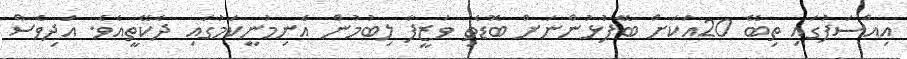
އިއްސަފުގައި ތިބޭ 20އަކަށް ބޭފުޅުންނަށް ބޮޑެތި ވަޒީފާ ލިބުމުން އެނިމުނީކަމުގައި ދެކޭތީއެވެ. އަދިވެސް